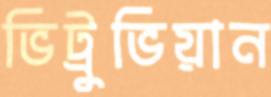
ভিট্রুভিয়ান